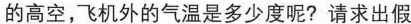
的高空，飞机外的气温是多少度呢？请求出假